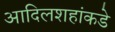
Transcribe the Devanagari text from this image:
आदिलशहांकडे